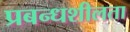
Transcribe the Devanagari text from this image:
प्रबन्धशीलता